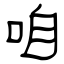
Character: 咱